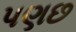
પણછ